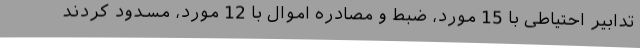
تدابیر احتیاطی با 15 مورد، ضبط و مصادره اموال با 12 مورد، مسدود کردند